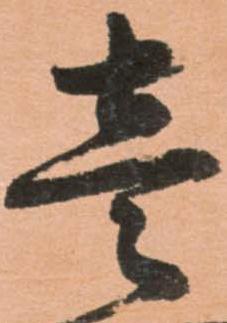
壱